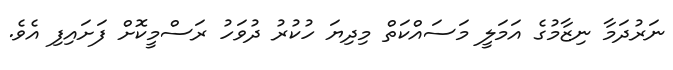
ނަރުދަމާ ނިޒާމުގެ އަމަލީ މަސައްކަތް މިދިޔަ ހުކުރު ދުވަހު ރަސްމީކޮށް ފަށައިފި އެވެ.